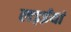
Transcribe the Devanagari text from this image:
लड़ईयां